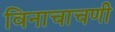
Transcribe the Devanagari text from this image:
विनाचाचणी